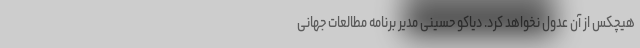
هیچکس از آن عدول نخواهد کرد. دیاکو حسینی مدیر برنامه مطالعات جهانی